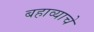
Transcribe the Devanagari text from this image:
बहाव्याचे